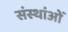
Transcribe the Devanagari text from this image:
संस्थांओं